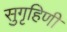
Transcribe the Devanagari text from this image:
सुगृहिणी